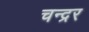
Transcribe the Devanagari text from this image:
चन्द्रर